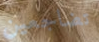
تضاجعين